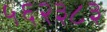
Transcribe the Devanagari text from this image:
५६२३८३